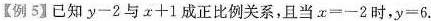
【例5】已知$$y - 2$$与$$ x + 1$$成正比例关系，且当$$x = - 2$$时，$$y = 6$$.